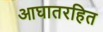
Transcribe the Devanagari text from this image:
आघातरहित